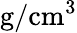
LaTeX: \mathrm{{g}/\mathrm{{cm}^{3}}}